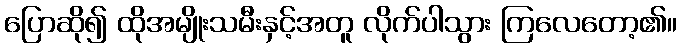
ပြောဆို၍ ထိုအမျိုးသမီးနှင့်အတူ လိုက်ပါသွား ကြလေတော့၏။